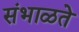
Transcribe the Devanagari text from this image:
संभाळते